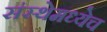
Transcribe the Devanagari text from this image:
संस्थेमध्येच